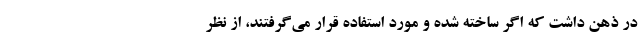
در ذهن داشت که اگر ساخته شده و مورد استفاده قرار می‌گرفتند، از نظر